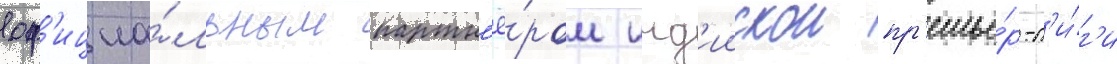
оф'ициа́льным партн'ё́ром инд'иискои пр'емье́р-л'и́г'и